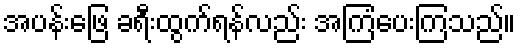
အပန်းဖြေ ခရီးထွက်ရန်လည်း အကြံပေးကြသည်။